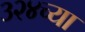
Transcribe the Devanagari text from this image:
३२४च्या